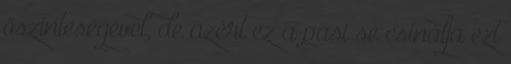
őszinteségével, de azért ez a pasi se csinálja ezt